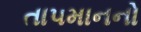
તા૫માનનો